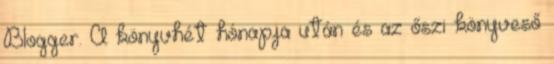
Blogger. A könyvhét hónapja után és az őszi könyveső